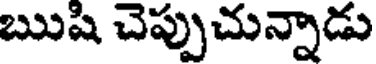
ఋషి చెప్పుచున్నాడు